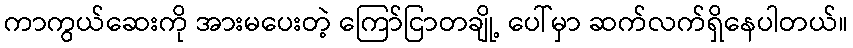
ကာကွယ်ဆေးကို အားမပေးတဲ့ ကြော်ငြာတချို့ ပေါ်မှာ ဆက်လက်ရှိနေပါတယ်။